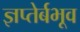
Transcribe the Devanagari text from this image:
ज्ञप्तेर्बभूव